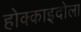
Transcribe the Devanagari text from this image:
होक्काइदोला